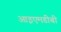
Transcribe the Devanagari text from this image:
आइएमडीबी